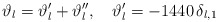
\begin{align*}\vartheta_l = \vartheta_l' +\vartheta_l'',\quad \vartheta_l'= -1440 \,\delta_{l,1}\end{align*}